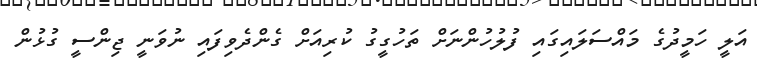
އަލީ ހަމީދުގެ މައްސަލައިގައި ފުލުހުންނަށް ތަހުގީގު ކުރިއަށް ގެންދެވިފައި ނުވަނީ ޖިންސީ ގުޅުން